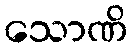
သောဏိ